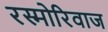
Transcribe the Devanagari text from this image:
रस्मोरिवाज